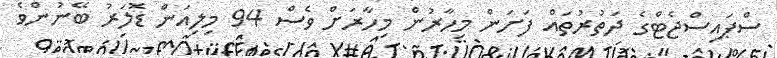
ސްޕައިސްޖެޓްގެ ދަތުރުތައް ފަށަން މިހާރުން މިހާރަށް ވެސް 94 މިލިއަން ޑޮލަރު ބޭނުންވެ